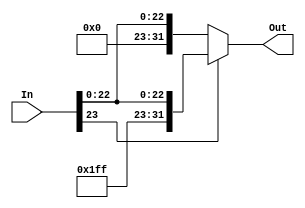
module Sign_Extend(
  input [23:0] In,
  output reg [31:0] Out
);

  always @(In) begin
    if (In[23] == 1) 
      Out <= {8'b11111111, In}; 
    else
      Out <= {8'b00000000, In}; 
  end

endmodule